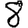
Digit: 8